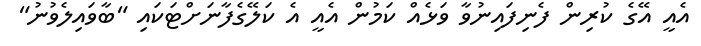
އެއީ އޭގެ ކުރިން ފެނިފައިނުވާ ވަޅެއް ކަމުން އެއީ އެ ކަލޭގެފާނަށްޓަކައި "ބާވައިލެވުނު"